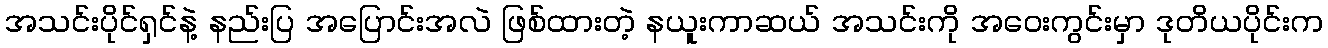
အသင်းပိုင်ရှင်နဲ့ နည်းပြ အပြောင်းအလဲ ဖြစ်ထားတဲ့ နယူးကာဆယ် အသင်းကို အဝေးကွင်းမှာ ဒုတိယပိုင်းက